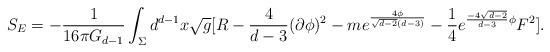
LaTeX: \begin{align*}S_{E} = - \frac{1}{16\pi G_{d-1}} \int_{\Sigma} d^{d-1}x \sqrt{g} [R -\frac{4}{d-3}(\partial\phi)^2 - m e^{\frac{4\phi}{\sqrt{d-2}(d-3)}}- \frac{1}{4}e^{\frac{-4\sqrt{d-2}}{d-3}\phi} F^2]. \end{align*}